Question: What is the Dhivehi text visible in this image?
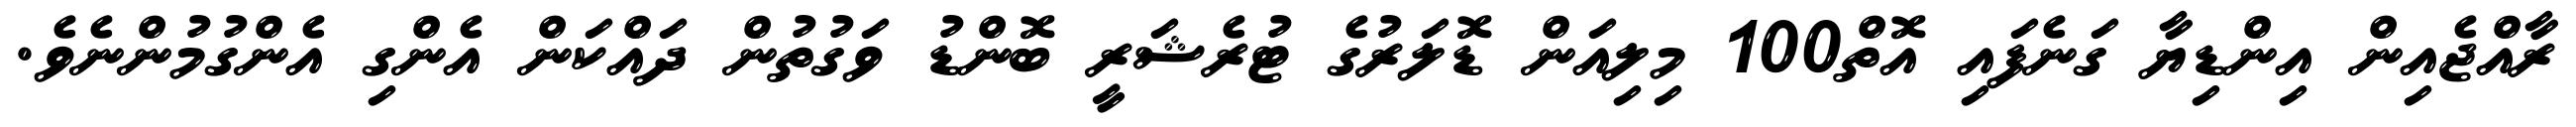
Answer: ރާއްޖެއިން އިންޑިޔާ ގަނެފައި އޮތް100 މިލިއަން ޑޮލަރުގެ ޓުރެޝަރީ ބޮންޑު ވަގުތުން ދައްކަން އެންގި އެންގުމުންނެވެ.